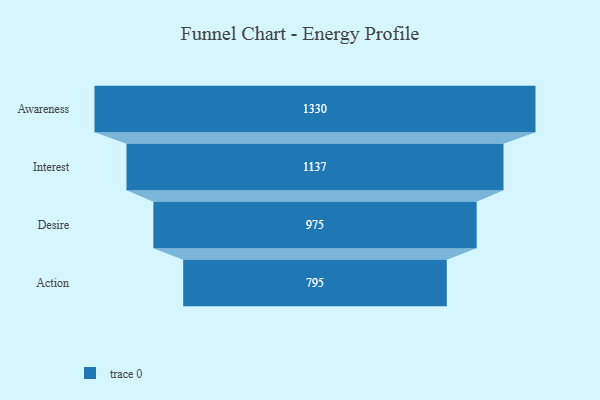
{"axis": {"x": "Stage", "y": "Value"}, "legend": [""], "data": [{"x": "Awareness", "y": 1330.0, "type": ""}, {"x": "Interest", "y": 1137.0, "type": ""}, {"x": "Desire", "y": 975.0, "type": ""}, {"x": "Action", "y": 795.0, "type": ""}]}